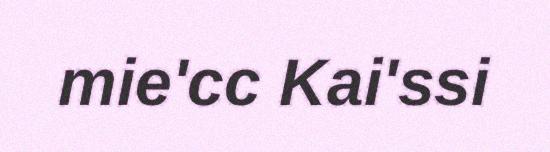
mie'cc Kai'ssi